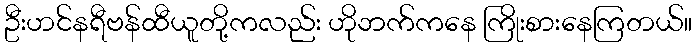
ဦးဟင်နရီဗန်ထီယူတို့ကလည်း ဟိုဘက်ကနေ ကြိုးစားနေကြတယ်။